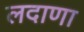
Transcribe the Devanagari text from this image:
लदाणा